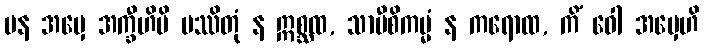
ပန အမှေ အက္ခီဟိပိ ပဿိတုံ န ဣစ္ဆထ, သာမီစိကမ္မံ န ကရောထ, ကိံ ဝေါ အမှေဟိ